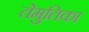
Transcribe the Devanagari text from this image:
तेमुतिका